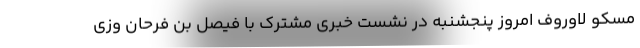
مسکو لاوروف امروز پنجشنبه در نشست خبری مشترک با فیصل بن فرحان وزی